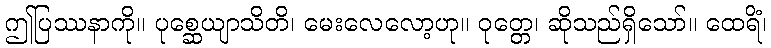
ဤပြဿနာကို။ ပုစ္ဆေယျာသိတိ၊ မေးလေလော့ဟု။ ဝုတ္တေ၊ ဆိုသည်ရှိသော်။ ထေရိံ၊